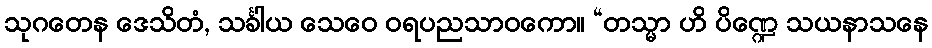
သုဂတေန ဒေသိတံ, သင်္ခါယ သေဝေ ဝရပညသာဝကော။ “တသ္မာ ဟိ ပိဏ္ဍေ သယနာသနေ